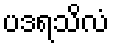
ပဒရသိလံ